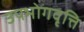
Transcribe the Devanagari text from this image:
उपभोगवृत्ति